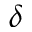
\delta